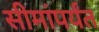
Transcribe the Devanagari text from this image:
सीमांपर्यंत